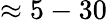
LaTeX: \approx 5-30